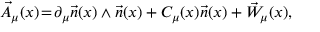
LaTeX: \vec { A } _ { \mu } ( x ) \! = \! \partial _ { \mu } \vec { n } ( x ) \wedge \vec { n } ( x ) + C _ { \mu } ( x ) \vec { n } ( x ) + \vec { W } _ { \mu } ( x ) ,